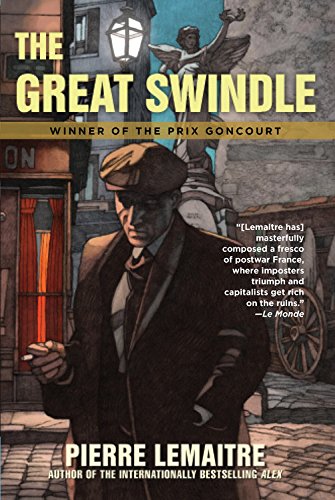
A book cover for The Great Swindle; Pierre Lemaitre; Literature & Fiction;